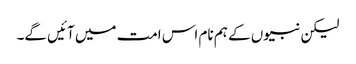
لیکن نبیوں کے ہم نام اس امت میں آئیں گے۔